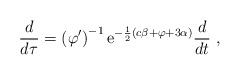
\begin{align*}\frac{d}{d\tau} = \left(\varphi'\right)^{-1}{\rm e}^{-\frac12(c\beta + \varphi + 3\alpha)}\frac{d}{dt} \ ,\end{align*}